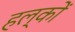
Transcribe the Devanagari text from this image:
हल्कों